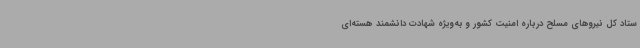
ستاد کل نیروهای مسلح درباره امنیت کشور و به‌ویژه شهادت دانشمند هسته‌ای